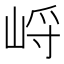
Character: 𱛭